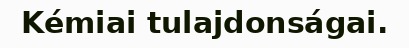
Kémiai tulajdonságai.